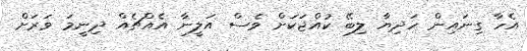
އެހާ ގިނައިން ހަދިޔާ ލިބޭ ކުއްޖަކަށް ވެސް އަލީނާ އެއްޗެއް ދިނީމަ ވަރަށް